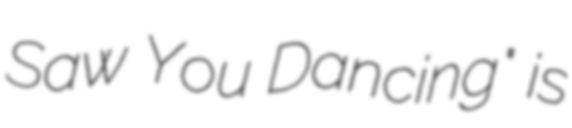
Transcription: Saw You Dancing" is